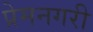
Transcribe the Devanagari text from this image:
प्रेमनगरी